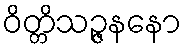
ဝိတ္တိသဉ္ဇနနော